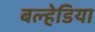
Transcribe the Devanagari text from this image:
बल्हेडिया